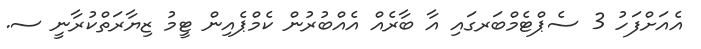
އެއަށްފަހު 3 ސެޕްޓެމްބަރގައި އާ ބާރެއް އެއްބުރުން ކެމްޕެއިން ޓީމު ޒިޔާރަތްކުރާނީ ސ.